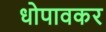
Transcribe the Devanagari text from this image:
धोपावकर